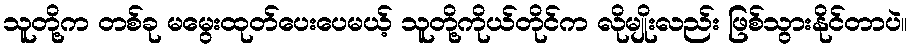
သူတို့က တစ်ခု မမွေးထုတ်ပေးပေမယ့် သူတို့ကိုယ်တိုင်က လိုမျိုးလည်း ဖြစ်သွားနိုင်တာပဲ။